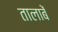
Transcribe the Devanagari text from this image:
तालाबें